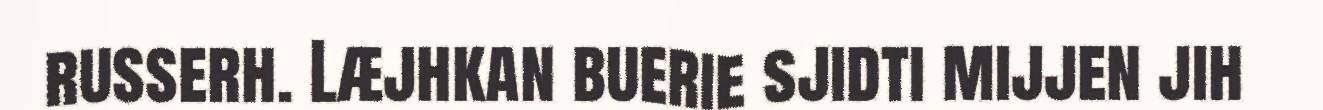
russerh. Læjhkan buerie sjidti mijjen jih